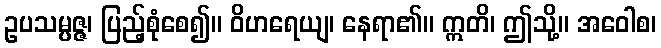
ဥပသမ္ပဇ္ဇ၊ ပြည့်စုံစေ၍။ ဝိဟရေယျ၊ နေရာ၏။ ဣတိ၊ ဤသို့။ အဝေါစ၊